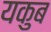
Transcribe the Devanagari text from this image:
यकुब